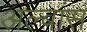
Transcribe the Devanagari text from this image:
अल्बांस